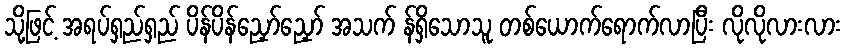
သို့ဖြင့် အရပ်ရှည်ရှည် ပိန်ပိန်ညှော်ညှော် အသက် န်ရှိသောသူ တစ်ယောက်ရောက်လာပြီး လိုလိုလားလား